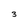
Character: 3